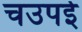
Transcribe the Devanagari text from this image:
चउपई